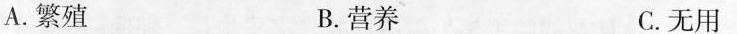
A.繁殖 B.营养 C.无用